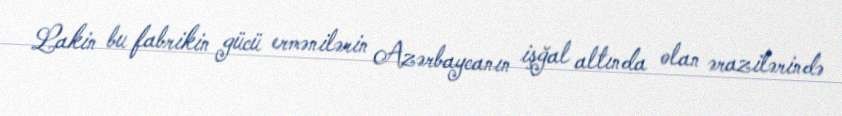
Lakin bu fabrikin gücü ermənilərin Azərbaycanın işğal altında olan ərazilərində